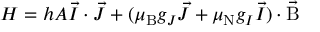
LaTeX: H = h A { \vec { I } } \cdot { \vec { J } } + ( \mu _ { \mathrm { { B } } } g _ { J } { \vec { J } } + \mu _ { \mathrm { { N } } } g _ { I } { \vec { I } } ) \cdot { \vec { \mathrm { { B } } } }